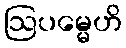
ဩပမ္မေဟိ